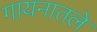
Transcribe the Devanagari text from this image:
गायनातले